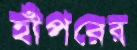
হাঁপরের